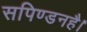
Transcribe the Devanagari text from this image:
सपिण्डनहै।